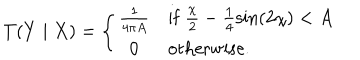
T ( Y \mid X ) = \left\{ \begin{array} { c l } { { \frac { 1 } { 4 \pi A } } } & { { \mathrm { i f } ~ \frac { \chi } { 2 } - \frac { 1 } { 4 } \sin ( 2 \chi ) < A } } \\ { { 0 } } & { { \mathrm { o t h e r w i s e . } } } \\ \end{array} \right.